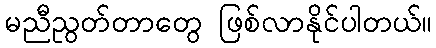
မညီညွတ်တာတွေ ဖြစ်လာနိုင်ပါတယ်။